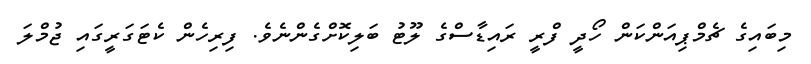
މިބައިގެ ޗެމްޕިއަންކަން ހޯދީ ފްރީ ރައިޑާސްގެ ލޫޓު ބަލިކޮށްގެންނެވެ. ފިރިހެން ކެޓަގަރީގައި ޖުމްލަ